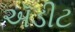
ઍડીટ